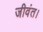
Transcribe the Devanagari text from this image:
जीवंत।